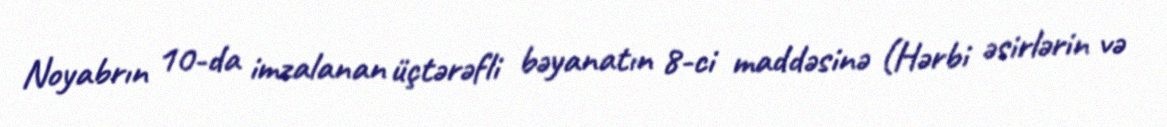
Noyabrın 10-da imzalanan üçtərəfli bəyanatın 8-ci maddəsinə (Hərbi əsirlərin və